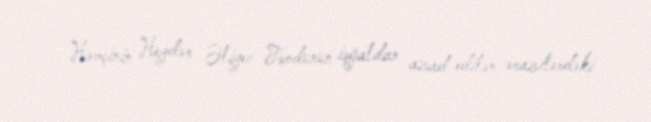
Həmçinin Heydər Əliyev Fondunun işğaldan azad edilən ərazilərdəki